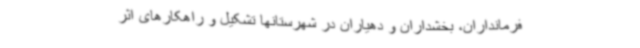
فرمانداران، بخشداران و دهیاران در شهرستانها تشکیل و راهکارهای اثر